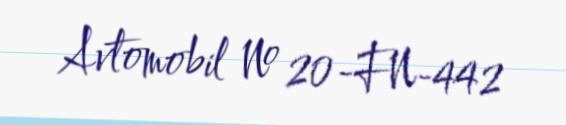
Avtomobil № 20-FN-442